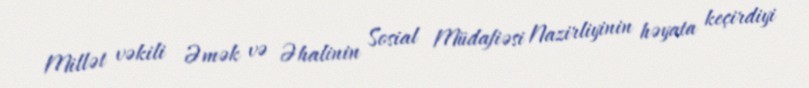
Millət vəkili Əmək və Əhalinin Sosial Müdafiəsi Nazirliyinin həyata keçirdiyi